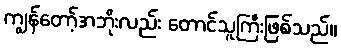
ကျွန်တော့်အဘိုးလည်း တောင်သူကြီးဖြစ်သည်။